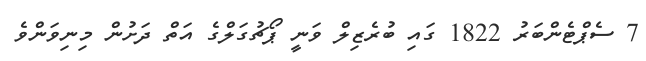
7 ސެޕްޓެންބަރު 1822 ގައި ބުރެޒިލް ވަނީ ޕޯޗުގަލްގެ އަތް ދަށުުން މިނިވަންވެ